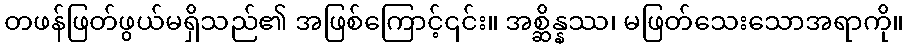
တဖန်ဖြတ်ဖွယ်မရှိသည်၏ အဖြစ်ကြောင့်၎င်း။ အစ္ဆိန္နဿ၊ မဖြတ်သေးသောအရာကို။